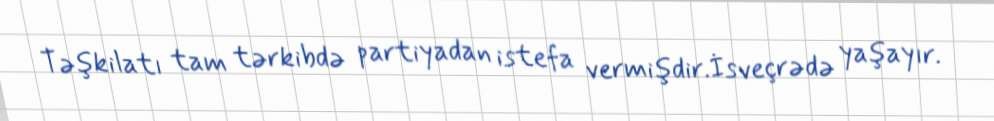
Təşkilatı tam tərkibdə partiyadan istefa vermişdir.İsveçrədə yaşayır.